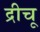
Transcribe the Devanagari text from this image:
द्रीचू